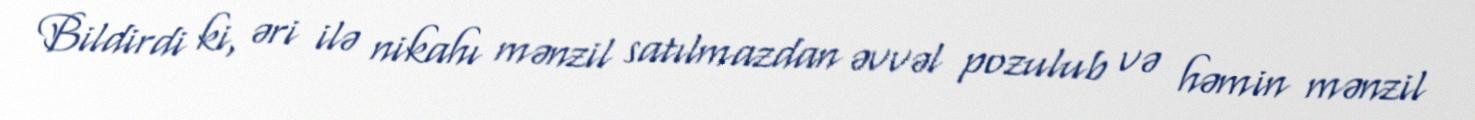
Bildirdi ki, əri ilə nikahı mənzil satılmazdan əvvəl pozulub və həmin mənzil